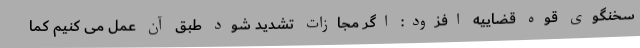
سخنگوی قوه قضاییه افزود: اگر مجازات تشدید شود طبق آن عمل می کنیم کما